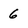
Character: 6